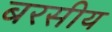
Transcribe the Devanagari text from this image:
बरसीय